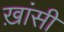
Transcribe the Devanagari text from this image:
ख़ांसी